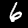
Digit: 6